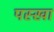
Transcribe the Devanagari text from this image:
पस्खा